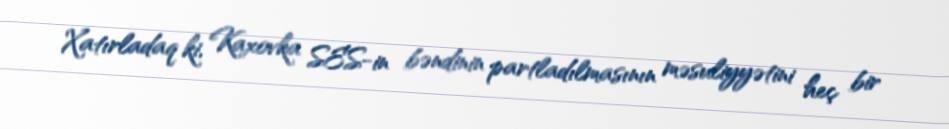
Xatırladaq ki, Kaxovka SES-in bəndinin partladılmasının məsuliyyətini heç bir